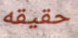
حقيقه